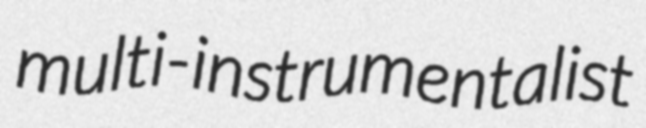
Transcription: multi-instrumentalist